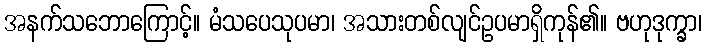
အနက်သဘောကြောင့်။ မံသပေသုပမာ၊ အသားတစ်လျင်ဥပမာရှိကုန်၏။ ဗဟုဒုက္ခာ၊